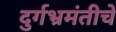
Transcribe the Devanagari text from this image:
दुर्गभ्रमंतीचे